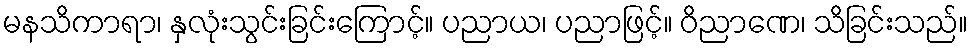
မနသိကာရာ၊ နှလုံးသွင်းခြင်းကြောင့်။ ပညာယ၊ ပညာဖြင့်။ ဝိညာဏေ၊ သိခြင်းသည်။